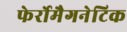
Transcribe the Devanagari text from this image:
फेर्रोमैगनेटिक